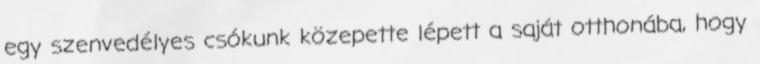
egy szenvedélyes csókunk közepette lépett a saját otthonába, hogy